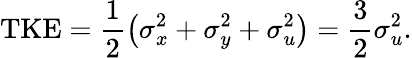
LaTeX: \mathrm{TKE}=\frac{1}{2}\left(\sigma_{x}^{2}+\sigma_{y}^{2}+\sigma_{u}^{2}\right)=\frac{3}{2}\sigma_{u}^{2}.